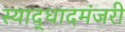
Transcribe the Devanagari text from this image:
स्याद्धादमंजरी